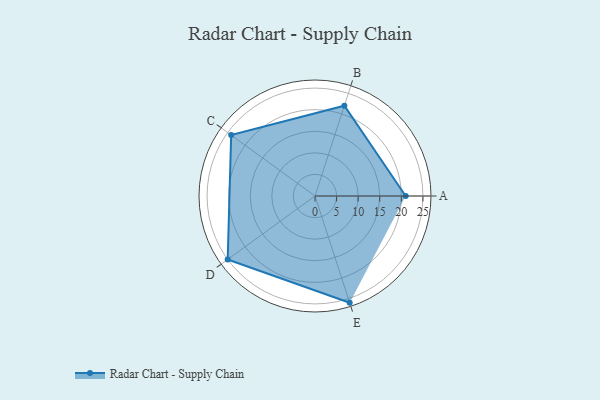
{"axis": {"x": "Skill", "y": "Score"}, "legend": ["Profile"], "data": [{"x": "A", "y": 21.0, "type": "Profile"}, {"x": "B", "y": 22.0, "type": "Profile"}, {"x": "C", "y": 24.0, "type": "Profile"}, {"x": "D", "y": 25.0, "type": "Profile"}, {"x": "E", "y": 26.0, "type": "Profile"}]}